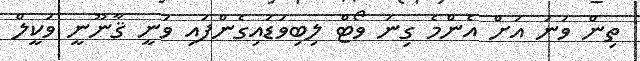
ތިން ވަނަ އަށް އެންމެ ގިނަ ވޯޓް ލިބިވަޑައިގެންފައި ވަނީ ޤާނޫނީ ވަކީލް